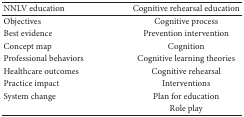
<table><thead><tr><td><b>NNLV education</b></td><td><b>Cognitive rehearsal education</b></td></tr></thead><tbody><tr><td>Objectives</td><td>Cognitive process</td></tr><tr><td>Best evidence</td><td>Prevention intervention</td></tr><tr><td>Concept map</td><td>Cognition</td></tr><tr><td>Professional behaviors</td><td>Cognitive learning theories</td></tr><tr><td>Healthcare outcomes</td><td>Cognitive rehearsal</td></tr><tr><td>Practice impact</td><td>Interventions</td></tr><tr><td>System change</td><td>Plan for education</td></tr><tr><td> </td><td>Role play</td></tr></tbody></table>